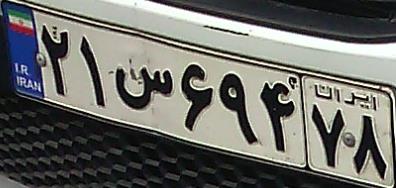
۲۱س۶۹۴۷۸